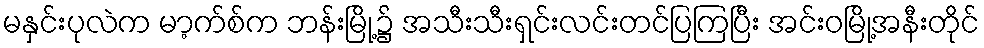
မနှင်းပုလဲက မာ့က်စ်က ဘန်းမြို့၌ အသီးသီးရှင်းလင်းတင်ပြကြပြီး အင်းဝမြို့အနီးတိုင်